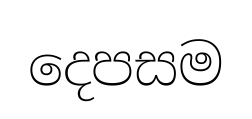
දෙපසම